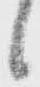
候